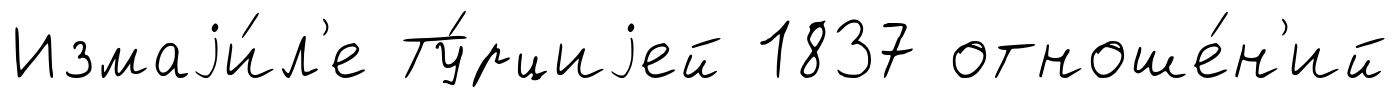
Измаjи́л'е Ту́рциjей 1837 отноше́н'ий